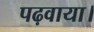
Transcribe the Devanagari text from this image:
पढ़वाया।